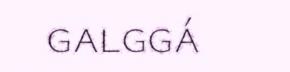
galggá